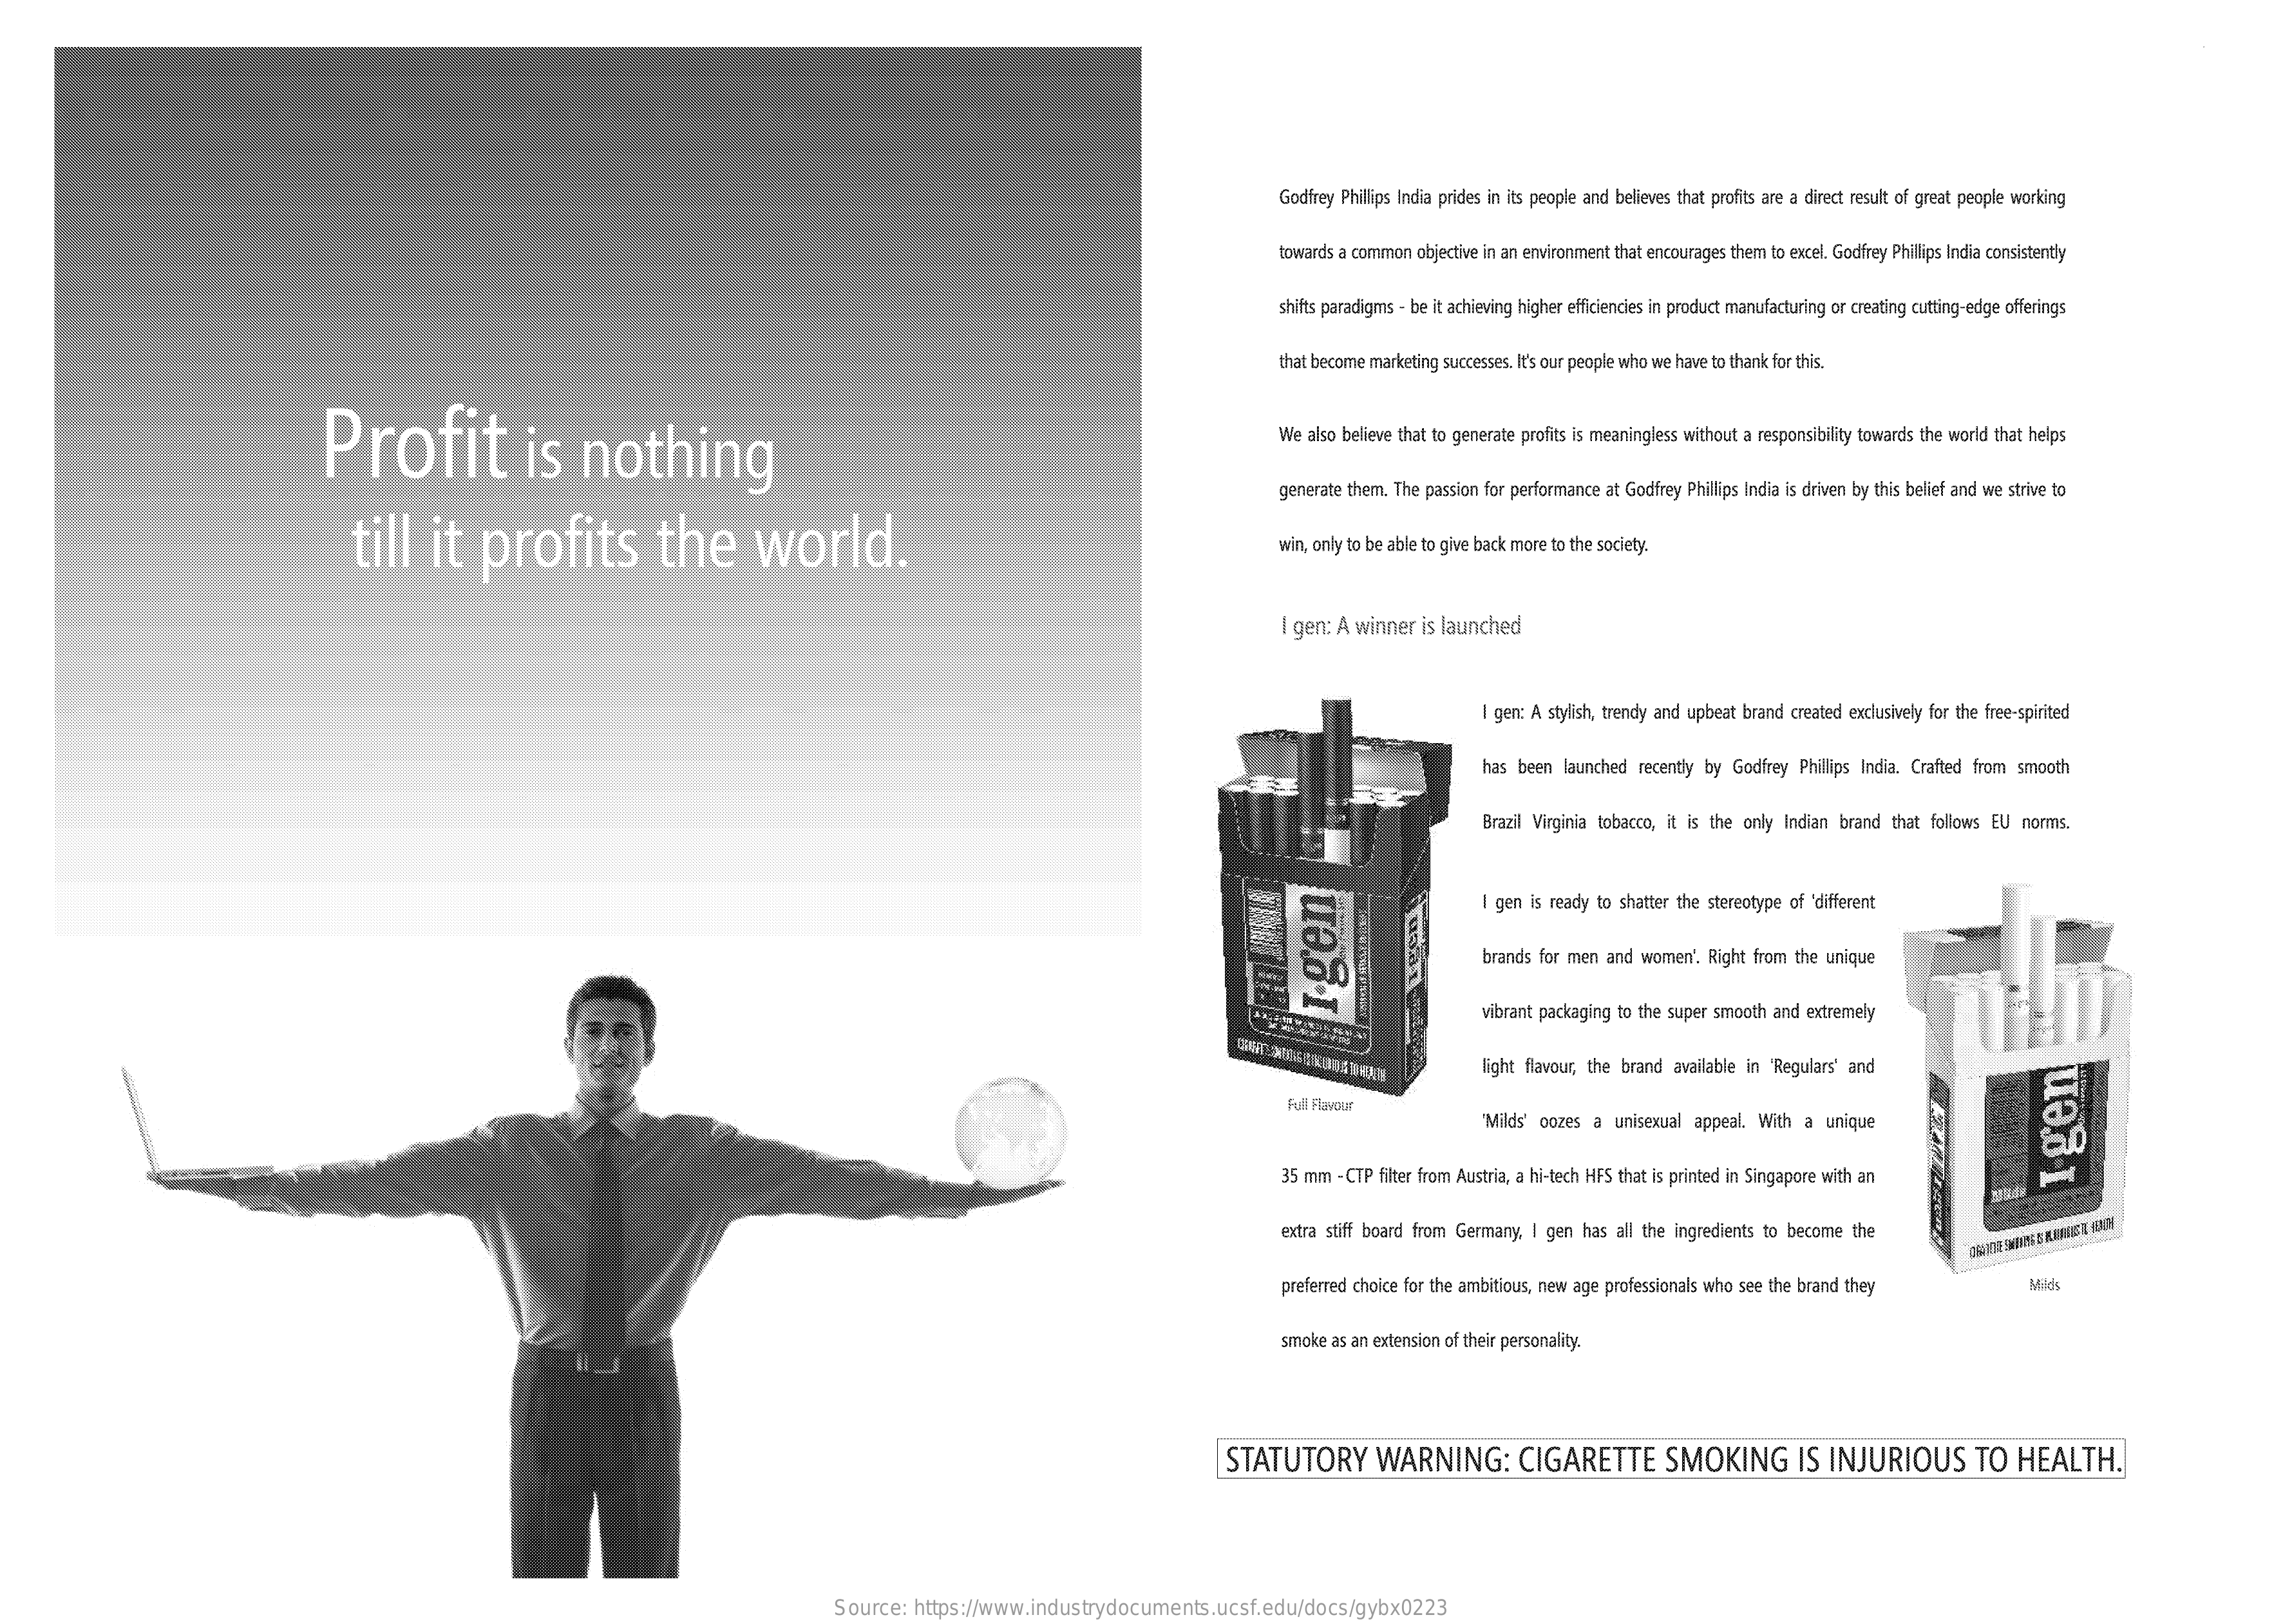
Godfrey Phillips India prides in its people and belleves that profits are a direct result of great people working
     towards a common  objective in an environment that encourages them to excel. Godfrey Phillips India consistently
     shifts paradigms - be it achieving higher efficiencies in product manufacturing or creating cutting-edge offerings
     that become marketing successes. It's our people who we have to thank for this.
     Profit    is    nothing
     We  also believe that to generate profits is meaningless without a responsibility towards the world that helps
     generate them. The passion for performance at Godfrey Phillips India is driven by this belief and we strive to
     till    it    profits    the    world.    win, only to be able to give back more to the society.
     I gen: A winner  is launched
     I gen: A stylish, trendy and upbeat brand created exclusively for the free-spirited
     has been  launched  recently by Godfrey Phillips India. Crafted from smooth
     Brazil Virginia tobacco, it is the only Indian brand that follows EU norms.
     I gen is ready to shatter the stereotype of 'different
     60
     brands for men  and women'. Right from the unique
     vibrant packaging to the super smooth and extremely
     I.gen
     light flavour, the brand available in "Regulars' and
     Full Flavour
     "Milds' oozes a  unisexual appeal. With a  unique
     35 mm  - CTP filter from Austria, a hi-tech HFS that is printed in Singapore with an    I
     gen
     extra stiff board from Germany, I gen has all the ingredients to become the
     preferred choice for the ambitious, new age professionals who see the brand they    Mics
     smoke as an extension of their personality.
     STATUTORY    WARNING:    CIGARETTE    SMOKING    IS  INJURIOUS    TO   HEALTH.
     Source:   https://www.industrydocuments.ucsf.edu/docs/gybx0223